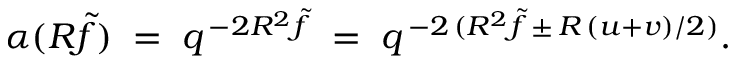
\alpha ( R \tilde { f } ) \; = \; q ^ { \, - 2 R ^ { 2 } \tilde { f } } \; = \; q ^ { \, - 2 \, ( R ^ { 2 } \tilde { f } \, \pm \, R \, ( u + v ) / 2 ) } .